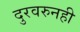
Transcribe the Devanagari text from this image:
दुरवरुनही